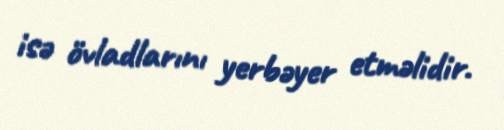
isə övladlarını yerbəyer etməlidir.